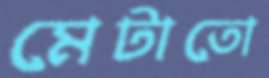
মেটাতো